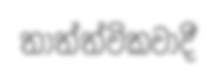
තාත්ත්විකවාදී